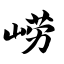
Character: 崂